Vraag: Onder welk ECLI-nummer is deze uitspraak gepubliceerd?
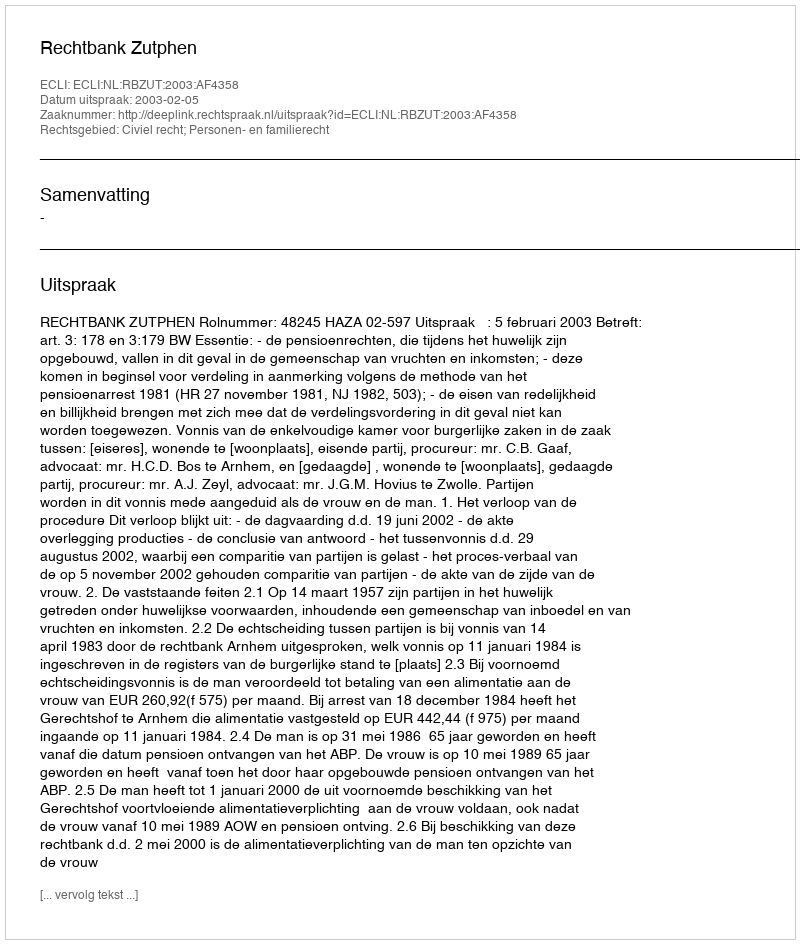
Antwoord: ECLI:NL:RBZUT:2003:AF4358